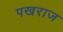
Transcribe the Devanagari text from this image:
पखराज